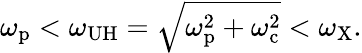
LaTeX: \omega_{\mathrm{p}}<\omega_{\mathrm{UH}}=\sqrt{\omega_{\mathrm{p}}^{2}+\omega_{\mathrm{c}}^{2}}<\omega_{\mathrm{X}}.